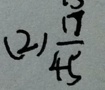
( 2 ) \frac { 1 7 } { 4 5 }